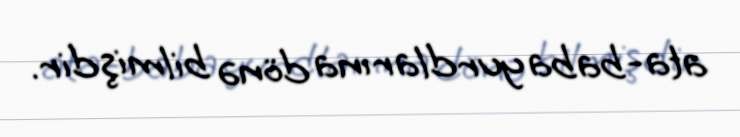
ata-baba yurdlarına dönə bilmişdir.